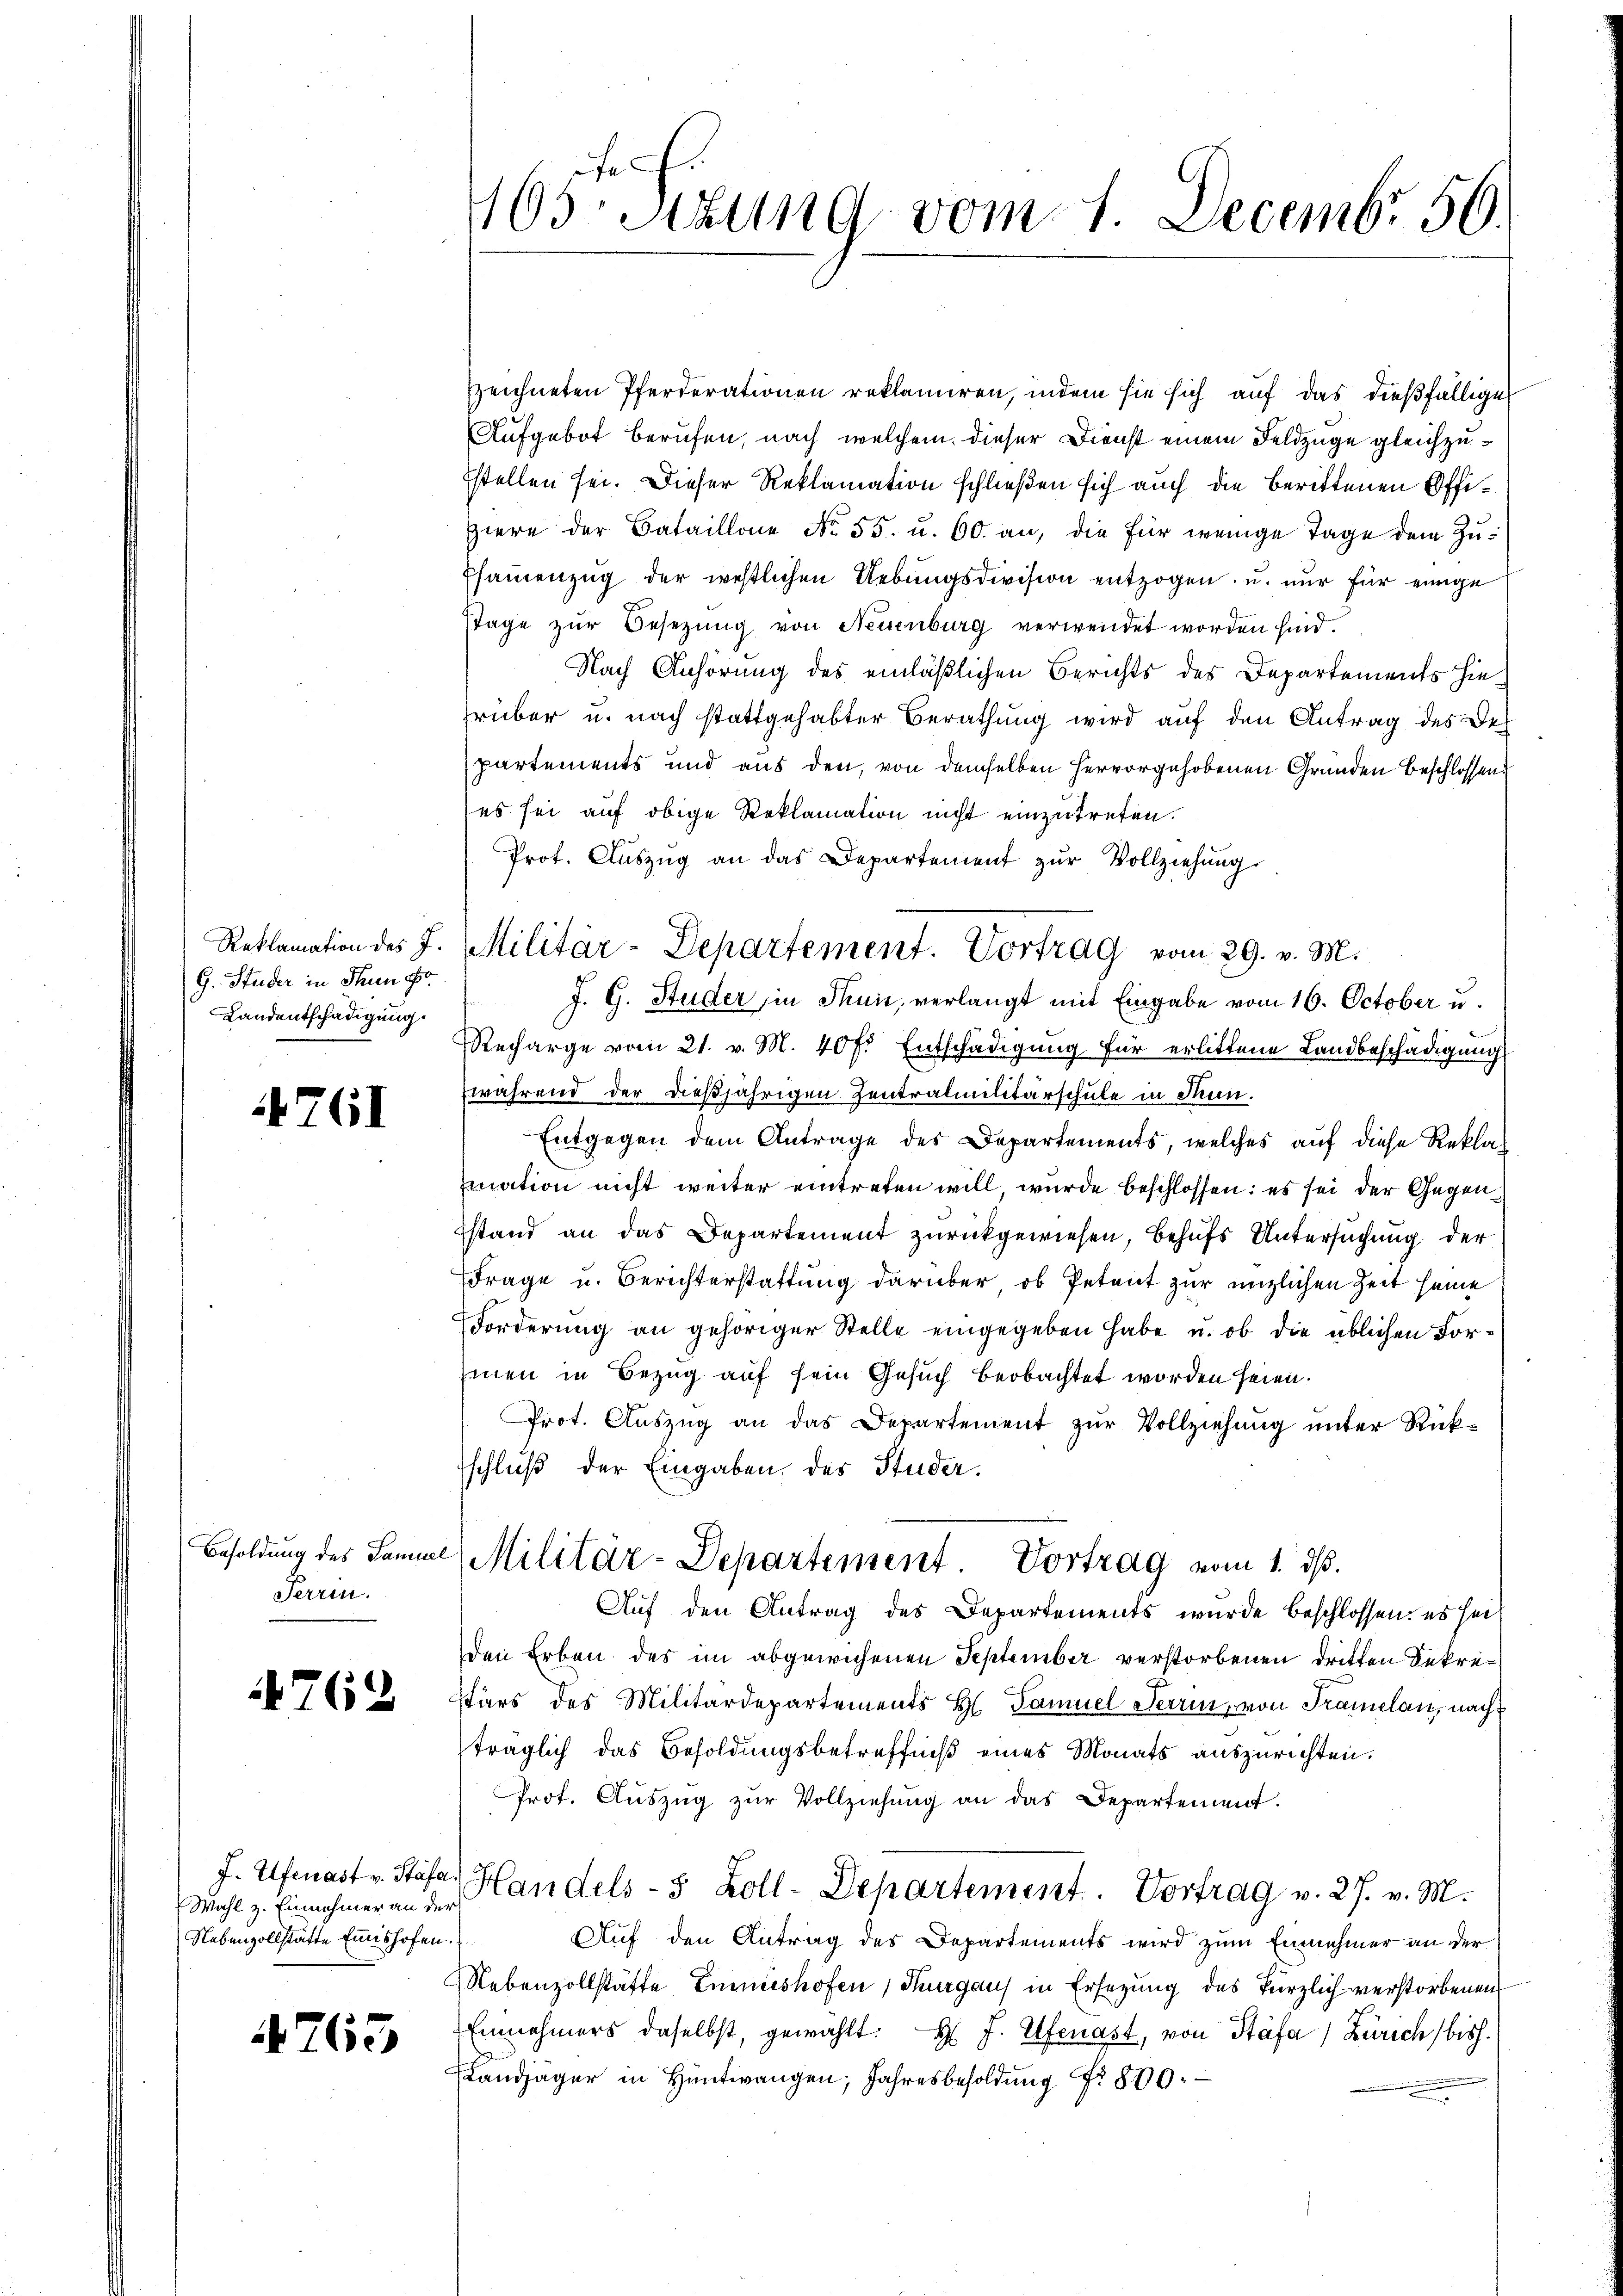
G. Studer in Thun so
Landentschädigung.

4761

Besoldung des Samue
Ferrin.

762

Wahl z. Einnehmer an der
Nebenzollstätte Einishofen.

765

1
103 stung vom 1. Decembr 50.

zeichneten Pferderationen reklamiren, indem sie sich auf das dießfällige
Aufgebot berufen, nach welchem dieser Dienst einem Feldzüge gleichzu¬
Estellen sei. Dieser Reklamation schließen sich auch die berittenen Offi¬
Hiere der Bataillone No. 55. u. 60. an, die für wenige Tage dem Zu¬
Esammenzug der westlichen Uebungsdivision entzogen, u. nur für einige
stage zŭr Besetzung von Neuenburg verwendet worden sind.
Nach Anhörung des einläßlichen Berichts des Departements hierüber u. nach stattgehabter Berathung wird auf den Antrag des Be-
partements und aus den, von demselben hervorgehobenen Gründen Beschlossen
es sei auf obige Reklamation nicht einzutreten.
Prot. Aŭszŭg an das Departement zŭr Vollziehŭng
J. G. Studer in Thun, verlangt mit Eingabe vom 16. October u.
Recharge vom 21. v. M. 40 fl. Entschädigung für erlittene Landbeschädigung
während der dießjährigen Zentralmilitärschule in Thun.
Entgegen dem Antrage des Departements, welches auf diese Reklamation nicht weiter eintreten will wurde beschlossen: es sei der Gegenstand an das Departement zurückgewiesen, behufs Untersuchung der
Frage u. Berichterstattung darüber ob Petent zur englichen Zeit seine
Forderung an gehöriger Stelle eingegeben habe u. ob die üblichen For¬
Einen in Bezug auf sein Gesuch beobachtet worden seien.
Prot. Auszug an das Departement zur Vollziehung unter Rückschluß der Eingaben des Studer.
 Militär-Departement. Vortrag vom 1. ds.
Auf den Antrag des Departements wurde beschlossen: es seit
den Erben des im abgewichenen September verstorbenen dritten Sekretärs des Militärdepartements Hl. Samuel Terrin, von Tramelan, nach
träglich das Besoldŭngsbetreffniβ eines Monats auszurichten.
Prot. Auszug zur Vollziehung an das Departement.
J. Ufmast v. Stäfa, Handels- 5 Zoll-Departement. Vortrag v. 27. v. M.
Auf den Antrag des Departements wird zum Einnehmer an der
Nebenzollstäfte Emmeshofen, Thurgaus in Ersezung des kürzlich verstorbenen
Einnehmers daselbst, gewählt: H. J. Elfenast, von Stäfa) Zürich, bish
Landjäger in Hüntwangen Jahresbesoldung Nr. 800.

Reklamation des J. Militär-Departement. Vortrag vom 29. v. M.